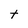
Character: t